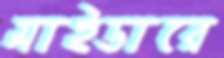
মাইডারে